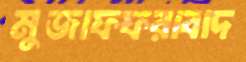
মুজাফফরাবাদ